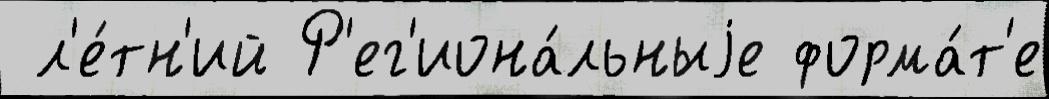
 л'е́тн'ий Р'ег'иона́льныjе форма́т'е